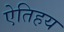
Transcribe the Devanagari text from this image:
ऐतिहय